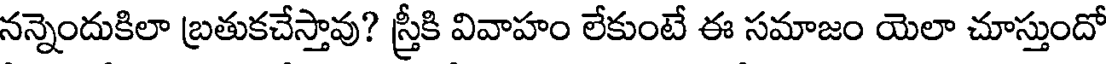
నన్నెందుకిలా బ్రతుకచేస్తావు? స్త్రీకి వివాహం లేకుంటే ఈ సమాజం యెలా చూస్తుందో